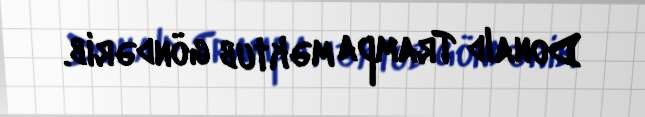
Donald Trampa məktub göndərib.